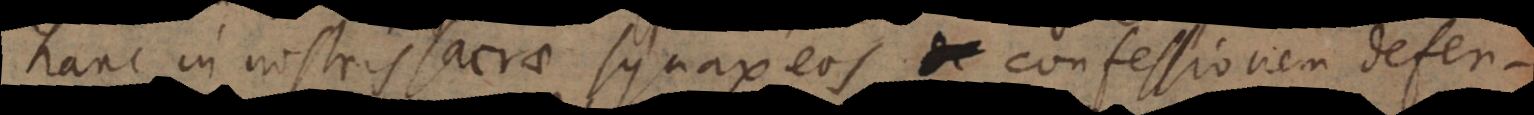
hanc in nostris sacrae synaxeos confessionem defen